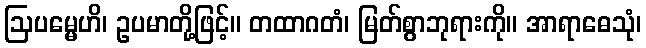
ဩပမ္မေဟိ၊ ဥပမာတို့ဖြင့်။ တထာဂတံ၊ မြတ်စွာဘုရားကို။ အာရာဓေသုံ၊